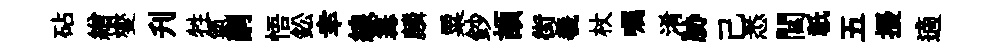
砧繒燮刋牲氣嗣悟鈆幸線篝麟粟鈔頡街羲杖嘱淆胁己悉閭祇五擾適